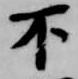
不